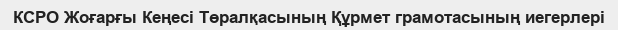
КСРО Жоғарғы Кеңесі Төралқасының Құрмет грамотасының иегерлері